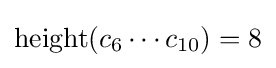
\operatorname {height} (c_{6}\cdots c_{10})=8